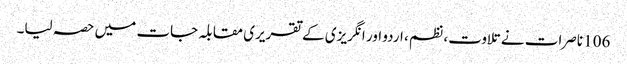
106 ناصرات نے تلاوت، نظم ، اردو اور انگریزی کے تقریری مقابلہ جات میں حصہ لیا۔